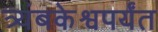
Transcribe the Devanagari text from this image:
त्र्यंबकेश्वपर्यंत